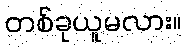
တစ်ခုယူမလား။